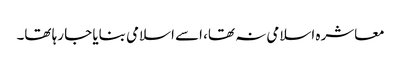
معاشرہ اسلامی نہ تھا، اسے اسلامی بنایا جا رہا تھا۔